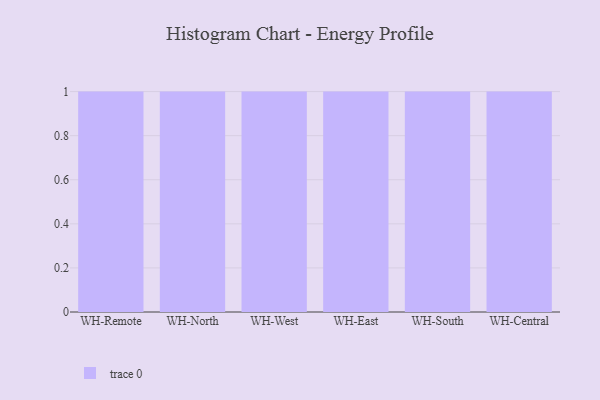
{"axis": {"x": "Warehouse", "y": "Gross Profit (USD K)"}, "legend": [""], "data": [{"x": "WH-Remote", "y": 83, "type": ""}, {"x": "WH-North", "y": 61, "type": ""}, {"x": "WH-West", "y": 52, "type": ""}, {"x": "WH-East", "y": 23, "type": ""}, {"x": "WH-South", "y": 83, "type": ""}, {"x": "WH-Central", "y": 1, "type": ""}]}